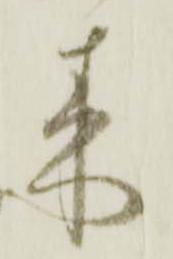
来